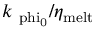
k _ { \mathrm { \ p h i _ { \mathrm { 0 } } } } / \eta _ { \mathrm { m e l t } }